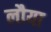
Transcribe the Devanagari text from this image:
लौया